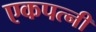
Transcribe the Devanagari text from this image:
एकपत्‍नी